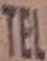
TEL